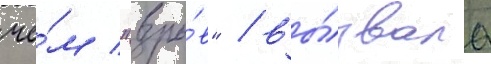
че́м "взры́в" / вы́звала